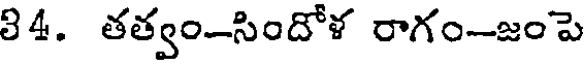
34. తత్వం-సిందోళ రాగం-జంపె